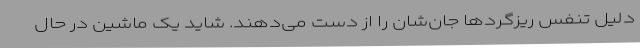
دلیل تنفس ریزگرد‌ها جان‌شان را از دست می‌دهند. شاید یک ماشین در حال